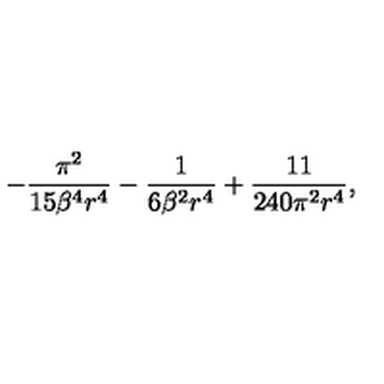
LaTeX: - \frac { \pi ^ { 2 } } { 1 5 \beta ^ { 4 } r ^ { 4 } } - \frac { 1 } { 6 \beta ^ { 2 } r ^ { 4 } } + \frac { 1 1 } { 2 4 0 \pi ^ { 2 } r ^ { 4 } } ,